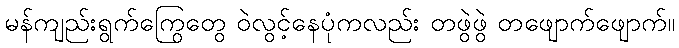
မန်ကျည်းရွက်ကြွေတွေ ဝဲလွင့်နေပုံကလည်း တဖွဲဖွဲ တဖျောက်ဖျောက်။